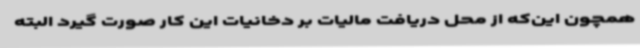
همچون این‌که از محل دریافت مالیات بر دخانیات این کار صورت گیرد البته